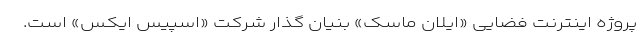
پروژه اینترنت فضایی «ایلان ماسک» بنیان گذار شرکت «اسپیس ایکس» است.